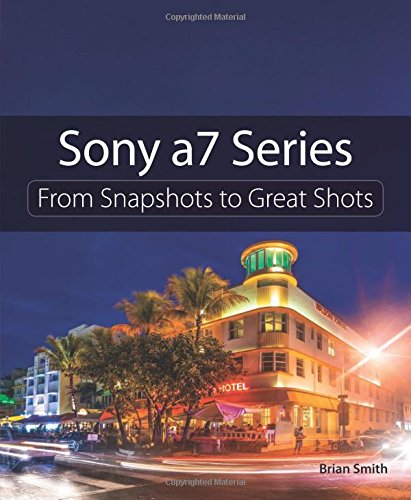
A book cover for Sony a7 Series: From Snapshots to Great Shots; Brian Smith; Arts & Photography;